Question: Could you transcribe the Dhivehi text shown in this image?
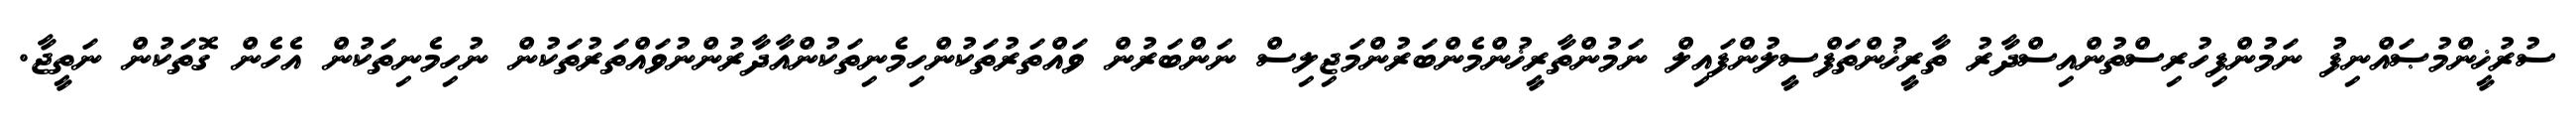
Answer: ސުރުޚީންމުޞައްނިފު ނަމުންފިހުރިސްތުންއިސްދާރު ތާރީޚުންތަފްސީލުންފައިލް ނަމުންތާރީޚުންމެންބަރުންމަޖިލިސް ނަންބަރުން ވައްތަރުތަކުންހިމެނިތަކުންއާދާރުންނުވައްތަރުތަކުން ނުހިމެނިތަކުން އެހެން ގޮތަކުން ނަތީޖާ.